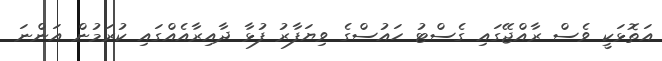
އަތޮޅަކީ ވެސް ރާއްޖޭގައި ގެސްޓު ހައުސްގެ ވިޔަފާރު ފުޅާ ދާއިރާއެއްގައި ކުރަމުން އަންނަ